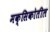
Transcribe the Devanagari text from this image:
मक्सिकोतील